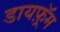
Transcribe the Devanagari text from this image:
डायफ़्रॅम